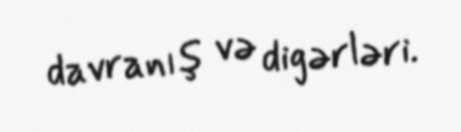
davranış və digərləri.